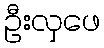
ဦးလှဖေ